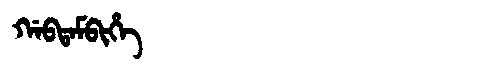
Manchu: ᡤᠠᠪᡨᠠᠮᠪᡳᡥᡝ
Romanization: GABTAMBIHE